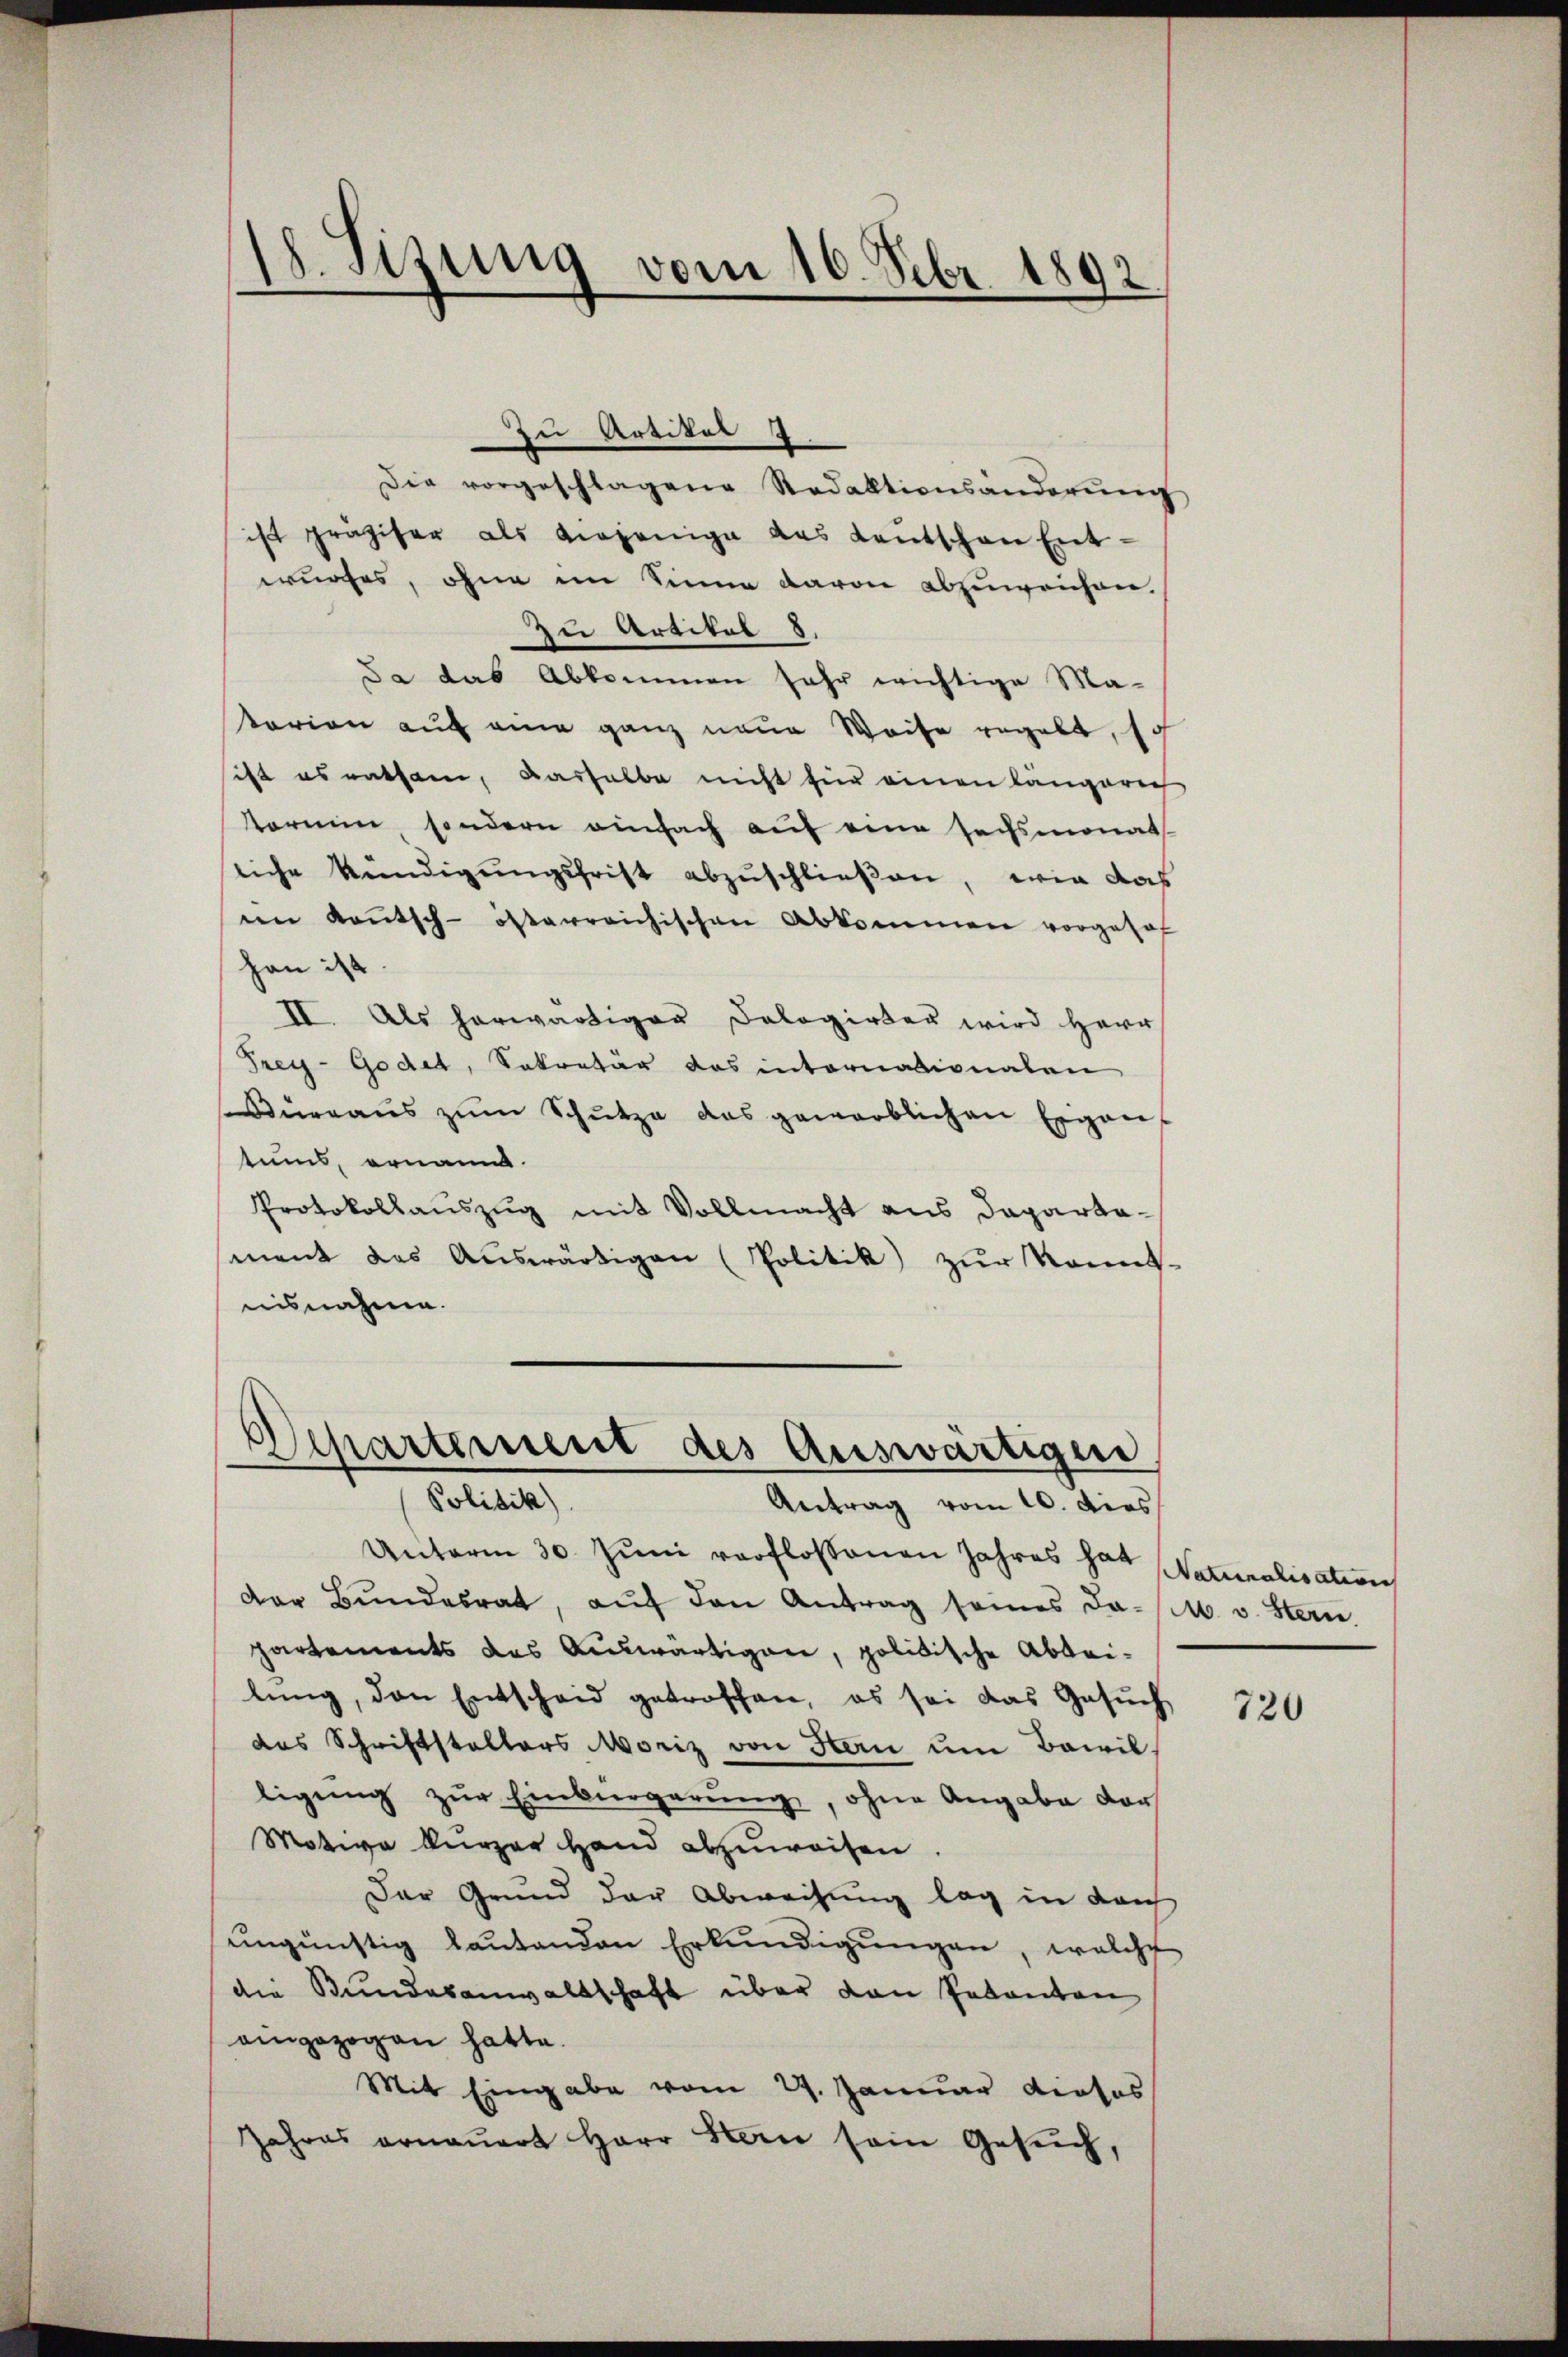
18. Sizung vom 16. Febr. 1892

zu Artikel
Die vorgeschlagene Redaktionsänderŭng
ist präziser als diejenige das Leŭtschen Ent-
wurfes, ohne im Sinne davon abzuweichen.
zu Artikel 8.
Ja das Abkommen sehr wichtige Ma-
tarion auf eine ganz neue Weise regelt, sch
sist es entham, dashalbe nicht für einen längeren
Termine sondern einfach auf eine sechsmonat
sliche Kündigŭngsfrist abzuschließen, wie das
in Kantsch-österreichischen Abkommen vorgehof
han ist.
II. Als herwärtiger Dologirter wird Herr
Frey-Godet, Sekretär das intornationalen
Büreaŭs zŭm Schŭtze das gewerblichen Eigen
tums, ernannt.
Protokollauszug mit Vollmacht aus Dapartamant das Auswärtigen (Politik zur Kennt-
nisnahme.

Departement des Auswärtigen
Politik)
Antrag vom 10. dies

Unterm 30. Juni verflossenen Jahres hat Naturalisation
der Bŭndesrat, aŭf den Antrag seines Ja- (ctb. v. Stern.
partements das Auswärtigen, politische Abteilŭng, den Entscheid getroffen, es sei das Gesŭch
das Schriftstellers Moriz von San ŭm Bewil
ligung zur Einbürgerung, ohne Angabe der
Motive kurzer Hand abzuweisen.
Der Grund der Abweisung lag in dach
ŭngünstig laŭtenden Erkŭndigŭngen, welche
die Bundesanwaltschaft über den Pakanton
aingezogen hatte.
Mit Eingabe vom 29. Januar diosos
Jahres ernauert Herr Stan sein Gesŭch,

720